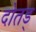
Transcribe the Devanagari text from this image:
दोतड्